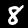
Label: 8